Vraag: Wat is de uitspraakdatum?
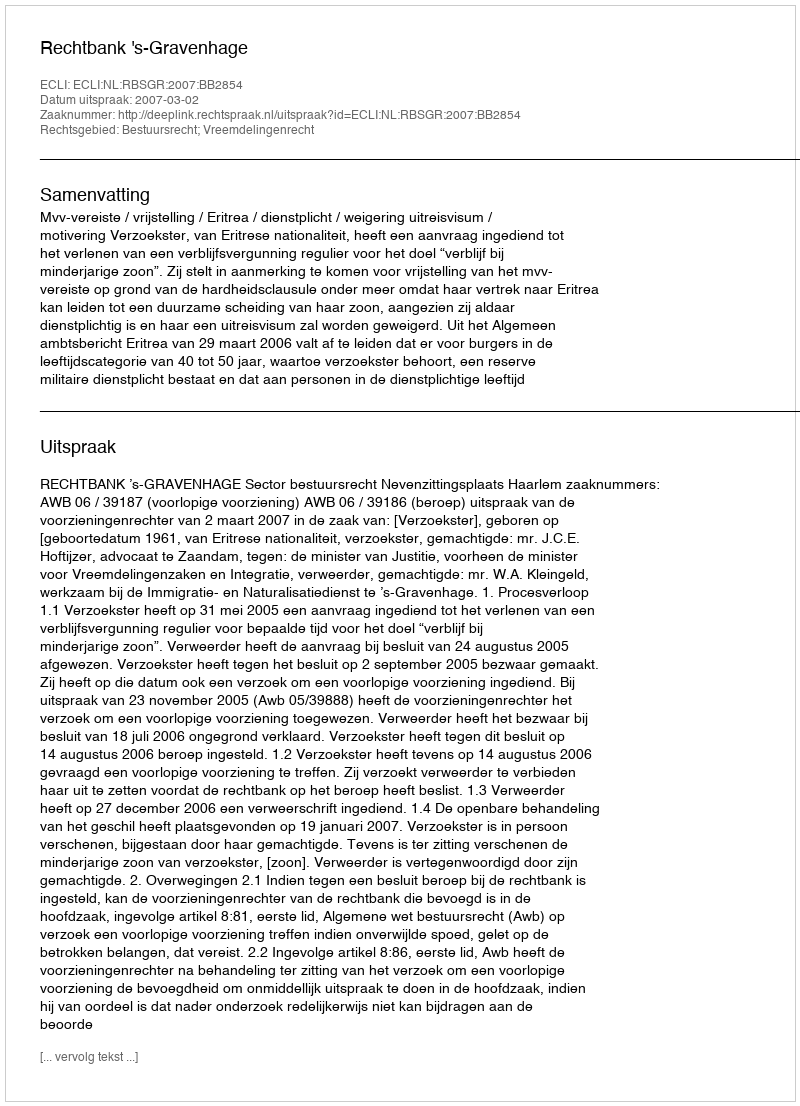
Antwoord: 2007-03-02